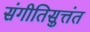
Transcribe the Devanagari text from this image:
संगीतिसुत्तंत